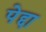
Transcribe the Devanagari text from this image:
पेद्दा